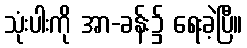
သုံးပါးကို အာ-ခန်း၌ ရေးခဲ့ပြီ။